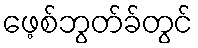
ဖေ့စ်ဘွတ်ခ်တွင်